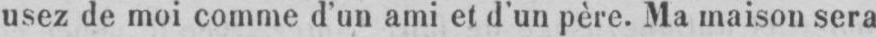
usez de moi comme d’un ami et d’un père. Ma maison sera